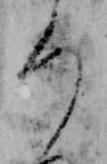
ろ